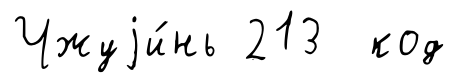
Чжуjи́нь 213 код